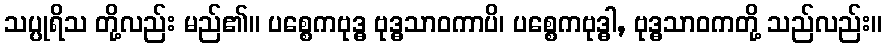
သပ္ပုရိသ တို့လည်း မည်၏။ ပစ္စေကဗုဒ္ဓ ဗုဒ္ဓသာဝကာပိ၊ ပစ္စေကဗုဒ္ဓါ, ဗုဒ္ဓသာဝကတို့ သည်လည်း။